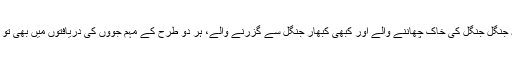
لیکن سچ تو یہ ہے کہ جنگل جنگل کی خاک چھاننے والے اور کبھی کبھار جنگل سے گزرنے والے، ہر دو طرح کے مہم جوؤں کی دریافتوں میں بھی تو وہی فرق قائم رہتاہے۔